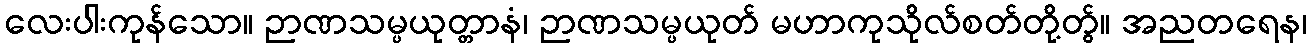
လေးပါးကုန်သော။ ဉာဏသမ္ပယုတ္တာနံ၊ ဉာဏသမ္ပယုတ် မဟာကုသိုလ်စတ်တို့တွ်။ အညတရေန၊